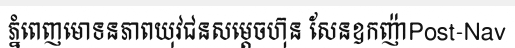
ភ្នំពេញមោទនភាពយុវជនសម្តេចហ៊ុន សែនឧកញ៉ាPost-Nav